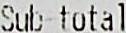
SUB-TOTAL